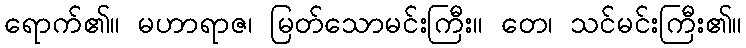
ရောက်၏။ မဟာရာဇ၊ မြတ်သောမင်းကြီး။ တေ၊ သင်မင်းကြီး၏။